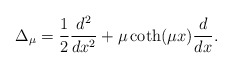
\begin{align*}\Delta_{\mu} = \frac12 \frac{d^2}{dx^2} + \mu \coth(\mu x) \frac{d}{d x}.\end{align*}